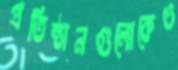
প্রতিষ্ঠানগুলোকেও